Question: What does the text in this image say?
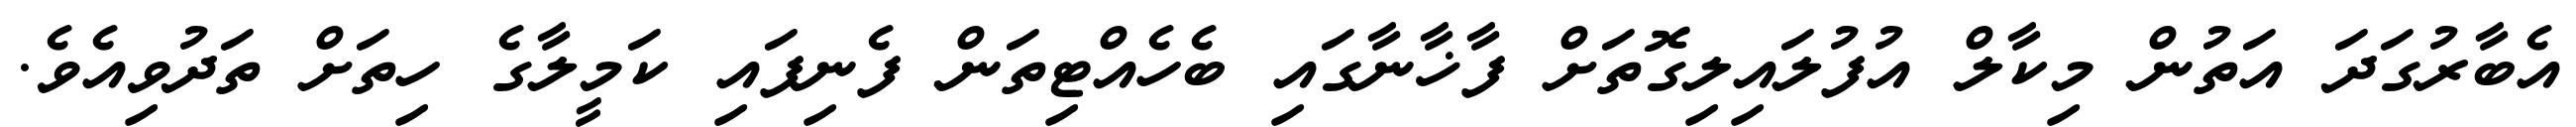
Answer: އެބާރުގަދަ އަތުން މިކާލް އުފުލައިލިގޮތަށް ފާޚާނާގައި ބެހެއްޓިތަން ފެނިފައި ކަމީލާގެ ހިތަށް ތަދުވިއެވެ.